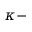
\kappa -